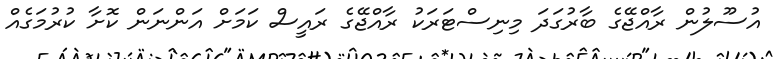
އުސޫލުން ރާއްޖޭގެ ބާރުގަދަ މިނިސްޓަރަކު ރާއްޖޭގެ ރައީސް ކަމަށް އަންނަން ކޮށާ ކުރުމަގެއް